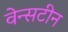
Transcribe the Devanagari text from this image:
वेन्सटीन